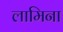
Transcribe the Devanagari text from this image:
लामिना